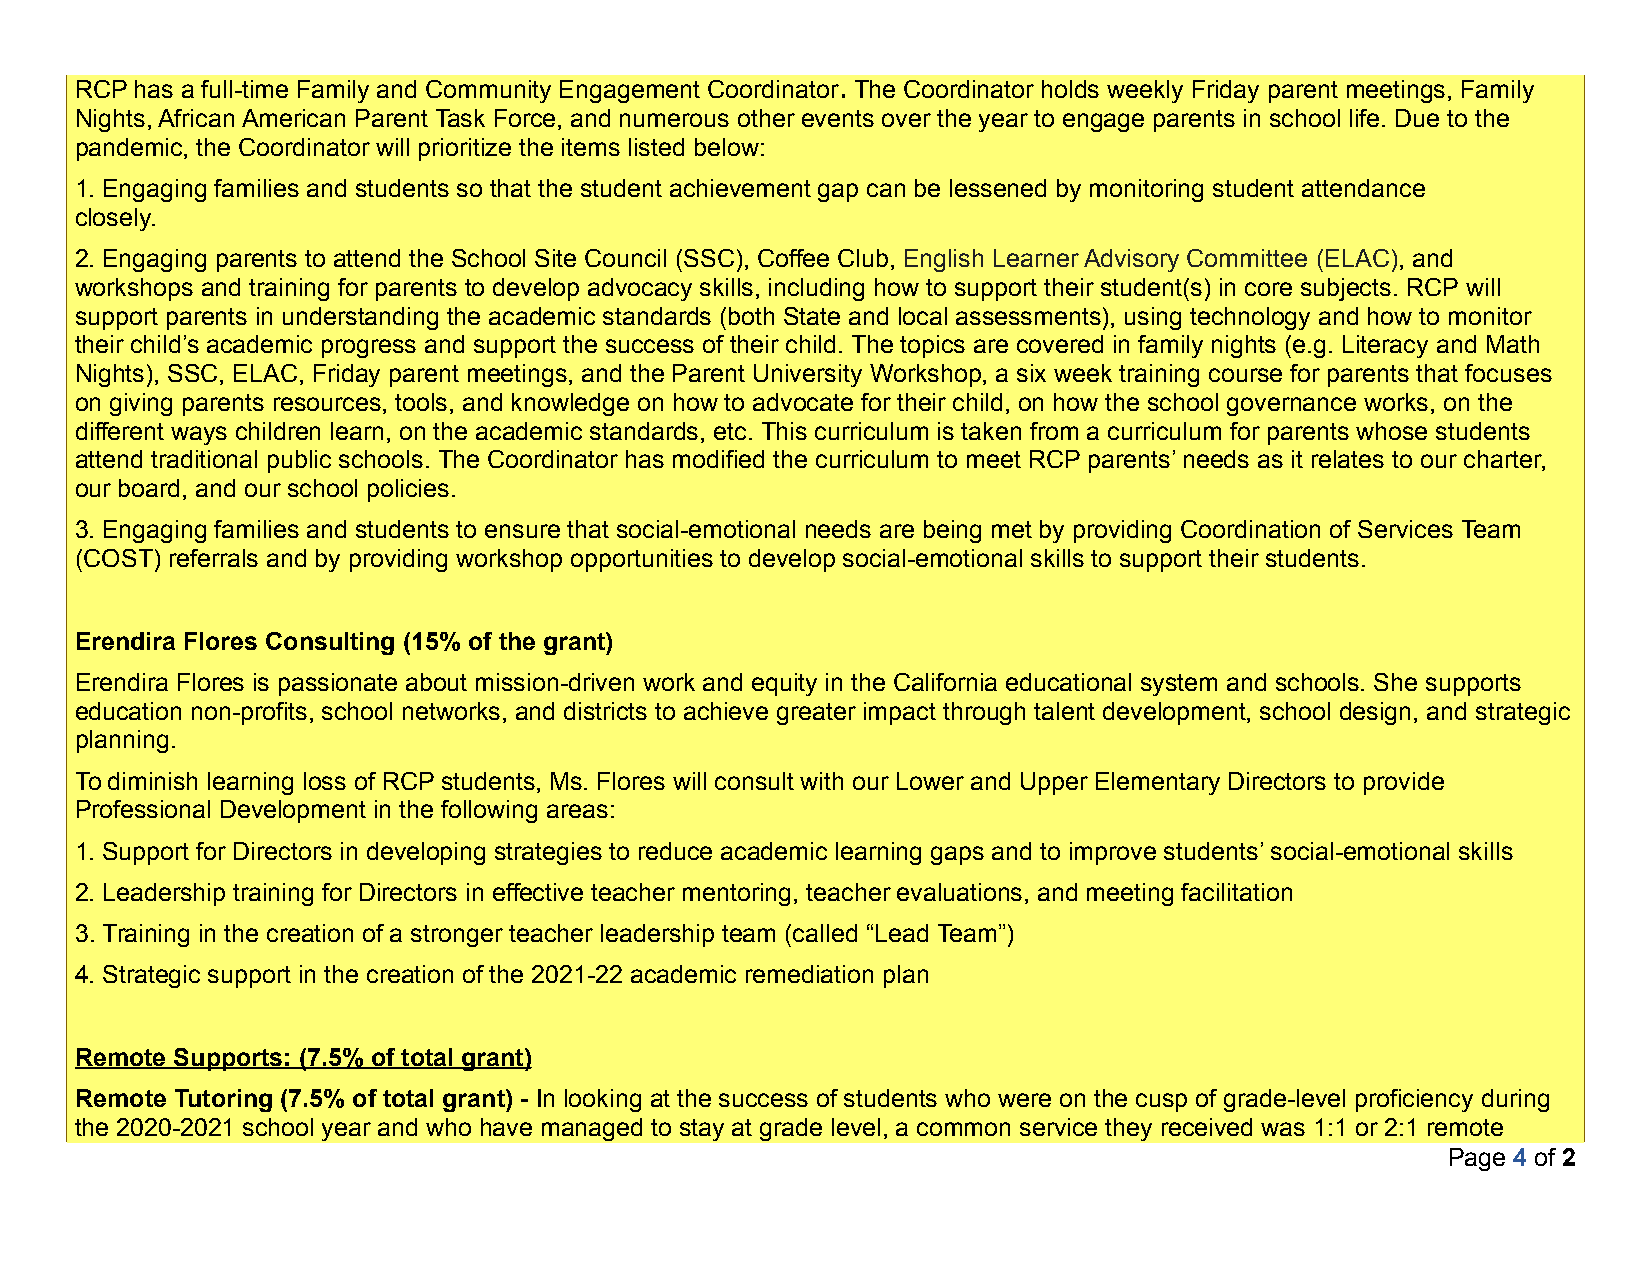
RCP has a full-time Family and Community Engagement Coordinator. The Coordinator holds weekly Friday parent meetings, Family
 Nights, African American Parent Task Force, and numerous other events over the year to engage parents in school life. Due to the
 pandemic, the Coordinator will prioritize the items listed below:
 1. Engaging families and students so that the student achievement gap can be lessened by monitoring student attendance
 closely.
 2. Engaging parents to attend the School Site Council (SSC), Coffee Club, English Learner Advisory Committee (ELAC), and
 workshops and training for parents to develop advocacy skills, including how to support their student(s) in core subjects. RCP will
 support parents in understanding the academic standards (both State and local assessments), using technology and how to monitor
 their child’s academic progress and support the success of their child. The topics are covered in family nights (e.g. Literacy and Math
 Nights), SSC, ELAC, Friday parent meetings, and the Parent University Workshop, a six week training course for parents that focuses
 on giving parents resources, tools, and knowledge on how to advocate for their child, on how the school governance works, on the
 different ways children learn, on the academic standards, etc. This curriculum is taken from a curriculum for parents whose students
 attend traditional public schools. The Coordinator has modified the curriculum to meet RCP parents’ needs as it relates to our charter,
 our board, and our school policies.
 3. Engaging families and students to ensure that social-emotional needs are being met by providing Coordination of Services Team
 (COST) referrals and by providing workshop opportunities to develop social-emotional skills to support their students.
 Erendira Flores Consulting (15% of the grant)
 Erendira Flores is passionate about mission-driven work and equity in the California educational system and schools. She supports
 education non-profits, school networks, and districts to achieve greater impact through talent development, school design, and strategic
 planning.
 To diminish learning loss of RCP students, Ms. Flores will consult with our Lower and Upper Elementary Directors to provide
 Professional Development in the following areas:
 1. Support for Directors in developing strategies to reduce academic learning gaps and to improve students’ social-emotional skills
 2. Leadership training for Directors in effective teacher mentoring, teacher evaluations, and meeting facilitation
 3. Training in the creation of a stronger teacher leadership team (called “Lead Team”)
 4. Strategic support in the creation of the 2021-22 academic remediation plan
 Remote Supports: (7.5% of total grant)
 Remote Tutoring (7.5% of total grant) - In looking at the success of students who were on the cusp of grade-level proficiency during
 the 2020-2021 school year and who have managed to stay at grade level, a common service they received was 1:1 or 2:1 remote
 Page 4 of 2